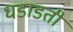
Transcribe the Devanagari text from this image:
धडाडती